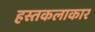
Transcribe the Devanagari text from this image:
हस्तकलाकार